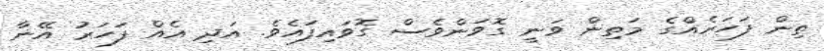
ތިން ފަހަރެއްގެ މަތިން ވަނީ ގޮވަންވެސް ގޮވައިފައެވެ. އަދި އެއް ފަހަރު އޭނާ